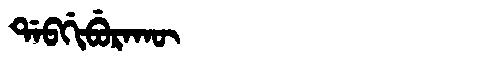
Manchu: ᡩᠠᠪᡤᡳᠪᡠᡵᠠᡴᡡ
Romanization: DABGIBURAKŪ